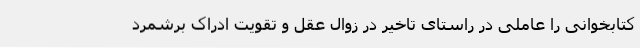
کتابخوانی را عاملی در راستای تاخیر در زوال عقل و تقویت ادراک برشمرد